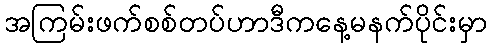
အကြမ်းဖက်စစ်တပ်ဟာဒီကနေ့မနက်ပိုင်းမှာ